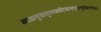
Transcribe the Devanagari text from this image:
व्याघ्रमुखसुह्मकर्वटचान्द्रपुराःषूर्पकर्णाष्च।